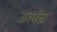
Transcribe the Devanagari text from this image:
उत्पंन्न